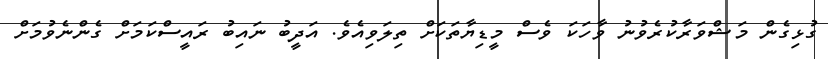
ގުޅިގެން މަޝްވަރާކުރެވުނު ވާހަކަ ވެސް މީޑިޔާތަކަށް ތިލަވިއެވެ. އަދީބު ނައިބު ރައީސްކަމަށް ގެންނެވުމަށް